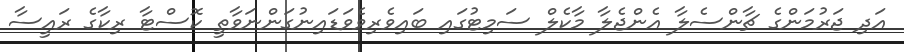
އަދި ޖަރުމަންގެ ޗާންސެލާ އެންޖެލާ މާކެލް ސަމިޓުގައި ބައިވެރިވެވަޑައިނުގަންނަވާތީ ކޮސްޓާ ރިކާގެ ރައީސާ